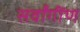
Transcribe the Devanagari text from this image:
सर्वांगींण